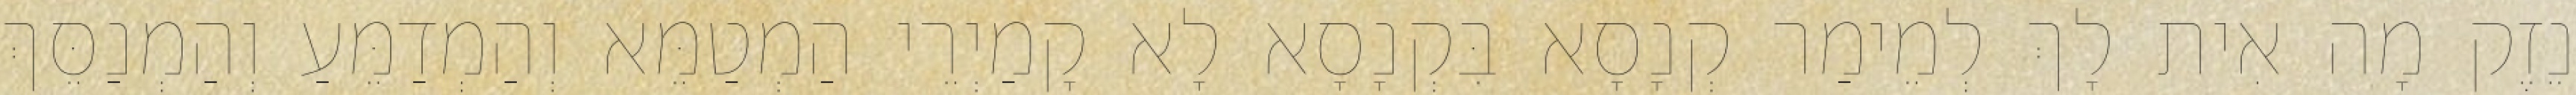
נֵזֶק מָה אִית לָךְ לְמֵימַר קְנָסָא בִּקְנָסָא לָא קָמַיְרֵי הַמְטַמֵּא וְהַמְדַמֵּעַ וְהַמְנַסֵּךְ